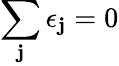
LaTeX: \sum_{\mathbf{j}}\epsilon_{\mathbf{j}}=0